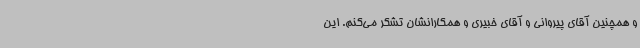
و همچنین آقای پیروانی و آقای خبیری و همکارانشان تشکر می‌کنم. این